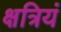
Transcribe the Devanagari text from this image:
क्षत्रियं